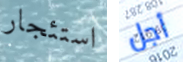
استئجار أجل